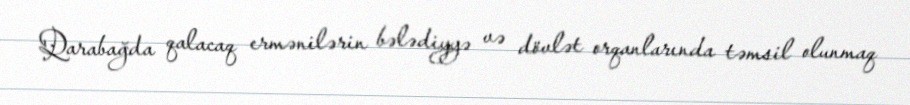
Qarabağda qalacaq ermənilərin bələdiyyə və dövlət orqanlarında təmsil olunmaq